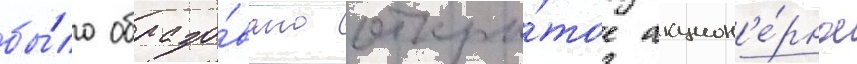
бы́ло образо́вано откры́тое акцион'е́рное